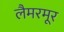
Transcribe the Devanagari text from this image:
लैमरमूर